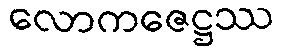
လောကဇေဋ္ဌဿ